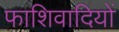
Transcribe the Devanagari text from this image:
फाशिवादियों